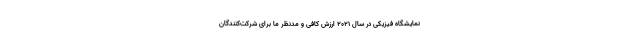
نمایشگاه فیزیکی در سال ۲۰۲۱ ارزش کافی و مدنظر ما برای شرکت‌کنندگان